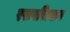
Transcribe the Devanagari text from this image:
रसपरित्याग